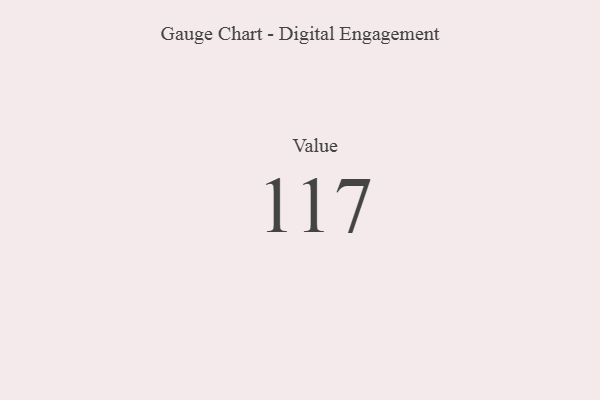
{"axis": {"x": "Metric", "y": "Value"}, "legend": [""], "data": [{"x": "Value", "y": 117, "type": ""}]}